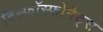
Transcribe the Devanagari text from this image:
बिस्फॉस्फोनेट्स